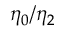
\eta _ { 0 } / \eta _ { 2 }